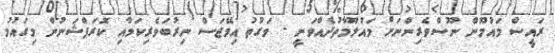
ރައީސް މައުމޫން ނޫސްވެރިންނަށް މައުލޫމާތުދެއްވަނީ - ވަގުތު އިމޭޖަސް ނިރުބަވެރިކަމާއި ކޮރަޕްޝަނުން މިގައުމު